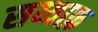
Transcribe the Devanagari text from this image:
सय्याफ़